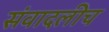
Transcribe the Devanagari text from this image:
संवादलीच